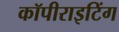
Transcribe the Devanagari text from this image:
कॉपीराइटिंग